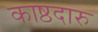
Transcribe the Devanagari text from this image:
काष्ठदारु